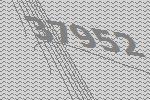
37952